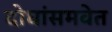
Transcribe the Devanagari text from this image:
दोघांसमवेत